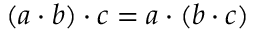
( a \cdot b ) \cdot c = a \cdot ( b \cdot c )